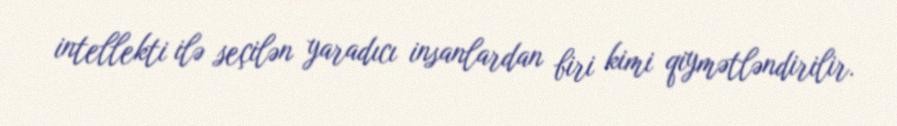
intellekti ilə seçilən yaradıcı insanlardan biri kimi qiymətləndirilir.